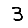
Digit: 3